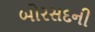
બોરસદની